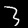
Digit: 3